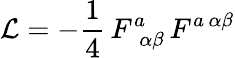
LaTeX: {\cal L}=-{\frac{1}{4}}\, F_{\, \ \alpha\beta}^{a}\, F^{a\, \alpha\beta}